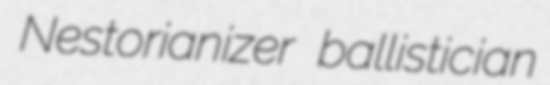
Nestorianizer ballistician